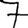
Digit: 7